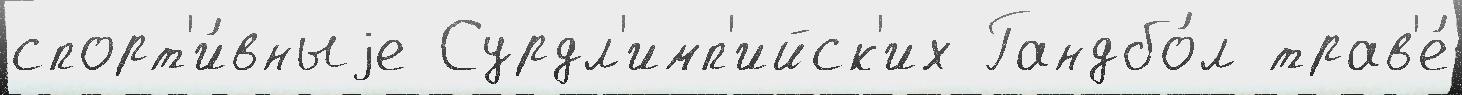
спорт'и́вныjе Сурдл'имп'ийск'их Гандбо́л трав'е́